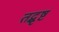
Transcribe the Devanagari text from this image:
तद्भृष्टं